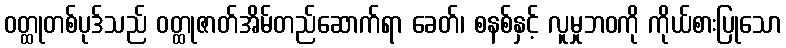
ဝတ္ထုတစ်ပုဒ်သည် ဝတ္ထုဇာတ်အိမ်တည်ဆောက်ရာ ခေတ်၊ စနစ်နှင့် လူမှုဘဝကို ကိုယ်စားပြုသော